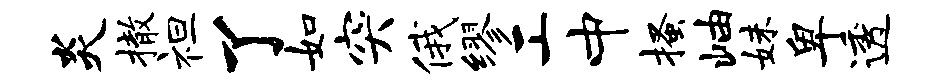
炎撤袒了如突俄缪工中搔岫妹卑透